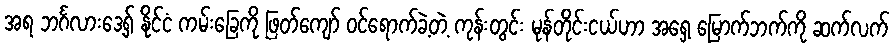
အရ ဘင်္ဂလားဒေ့ရှ် နိုင်ငံ ကမ်းခြေကို ဖြတ်ကျော် ၀င်ရောက်ခဲ့တဲ့ ကုန်းတွင်း မုန်တိုင်းငယ်ဟာ အရှေ့ မြောက်ဘက်ကို ဆက်လက်